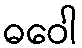
ဓဝေါ